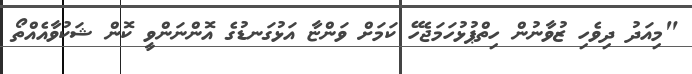
"މިއަދު ދިވެހި ޒުވާނުން ހިތްޕުޅުހަމަޖެހޭ ކަމަށް ވަންޏާ އަޅުގަނޑުގެ އޮންނަންވީ ކޮން ޝަކުވާއެއްތޯ